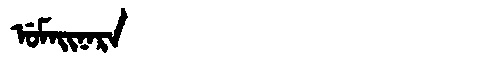
Manchu: ᡠᠮᠠᡳᠨᠠᡵᠠ
Romanization: UMAINARA